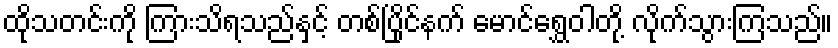
ထိုသတင်းကို ကြားသိရသည်နှင့် တစ်ပြိုင်နက် မောင်ရွှေဝါတို့ လိုက်သွားကြသည်။